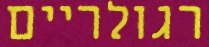
רגולריים